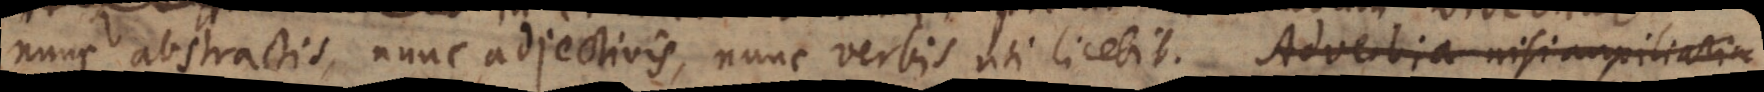
nunc abstractis, nunc adjectivis, nunc verbis uti licebit. Adverbia nisi auxiliaria